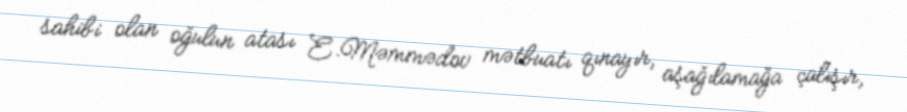
sahibi olan oğulun atası E.Məmmədov mətbuatı qınayır, aşağılamağa çalışır,